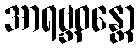
အာရဗ္ဘဝန္တော